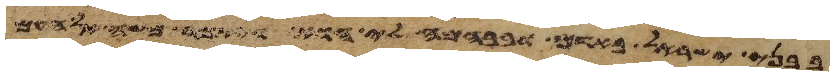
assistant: בבני ישראל באדם ובבהמה לי הוא ויאמר משה אל העם